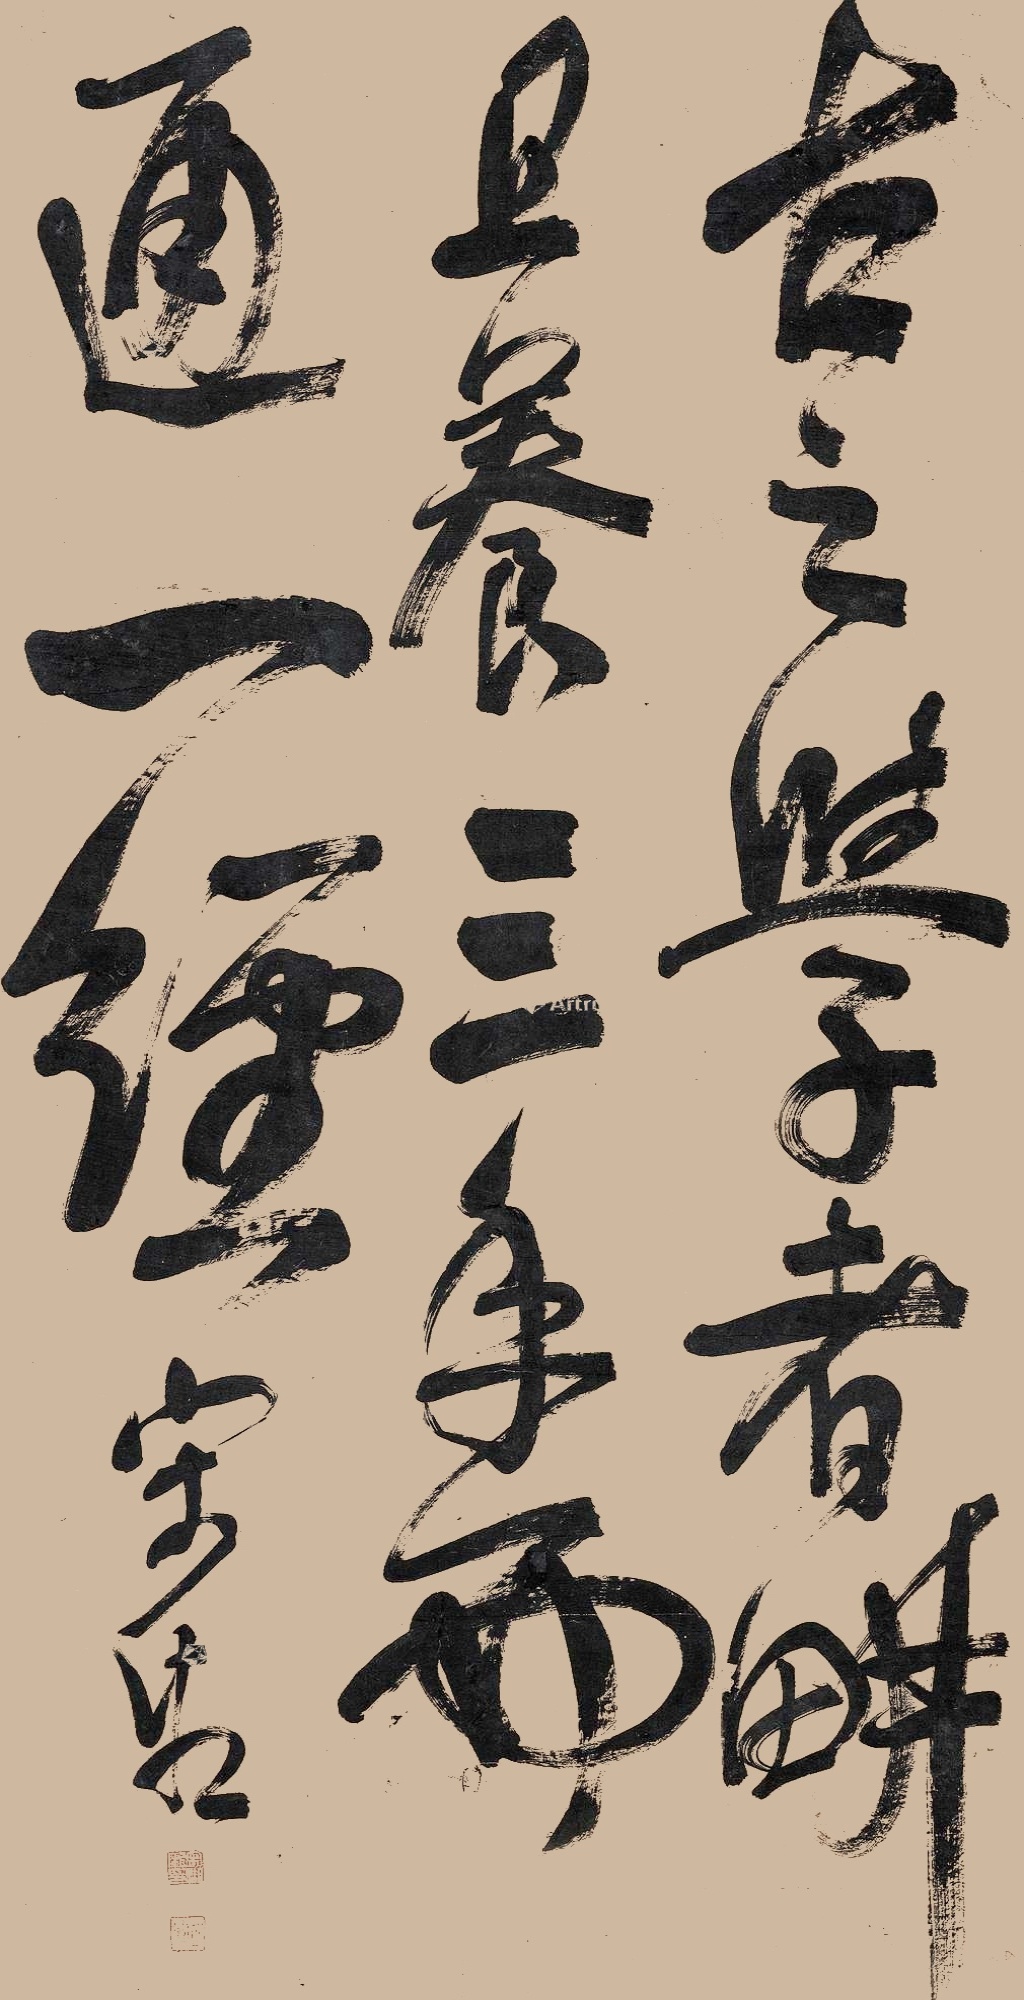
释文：古之学者耕且养，三年而通一经。宋湘。